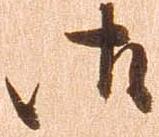
御